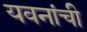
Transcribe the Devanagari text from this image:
यवनांची